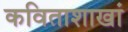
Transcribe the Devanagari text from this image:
कविताशाखां